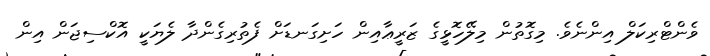
ވެންޓްރިކަލް އިންނެވެ. މިގޮތުން މިލޭހޮޅީގެ ޒަރީޢާއިން ހަށިގަނޑަށް ފެތުރިގެންދާ ލެޔަކީ އޮކްސިޖަން އިން